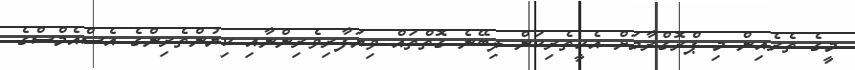
މީގެ ތެރެއިން މި ޕްރޮގްރާމަށް އެހީތެރިކަން ލިބޭނެ ގޮތްތައް ވިޔަފާރިވެރިންނާއި ކިޔުންތެރިންގެ އެސްއެމްސްގެ